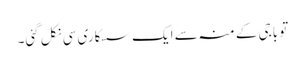
تو باجی کے منہ سے ایک سسکاری سی نکل گئی۔